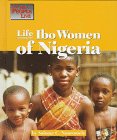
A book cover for The Way People Live - Life Among the Ibo Women of Nigeria; Salome C. Nnoroviele; History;